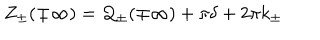
Z _ { \pm } ( \mp \infty ) = { \cal Q } _ { \pm } ( \mp \infty ) + \pi \delta + 2 \pi k _ { \pm }